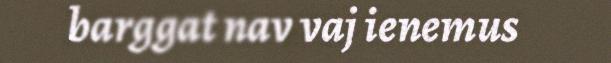
barggat nav vaj ienemus